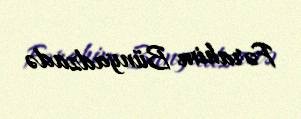
Fərahim Bünyadzadə